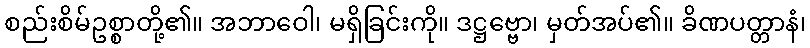
စည်းစိမ်ဥစ္စာတို့၏။ အဘာဝေါ၊ မရှိခြင်းကို။ ဒဋ္ဌဗ္ဗော၊ မှတ်အပ်၏။ ခိဏပတ္တာနံ၊